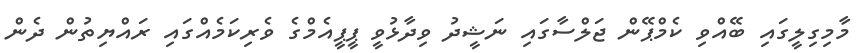
މާމިގިލީގައި ބޭއްވި ކެމްޕޭން ޖަލްސާގައި ނަޝީދު ވިދާޅުވީ ޕީޕީއެމްގެ ވެރިކަމެއްގައި ރައްޔިތުން ދެން